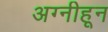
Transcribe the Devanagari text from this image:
अग्नीहून